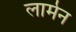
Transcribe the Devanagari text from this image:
लार्मन